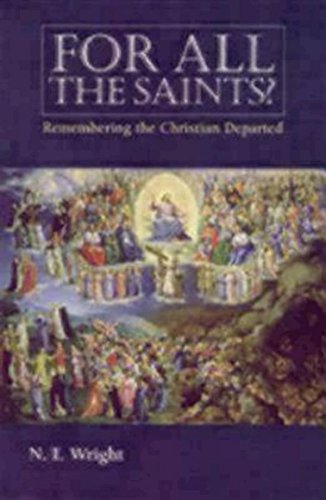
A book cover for For All the Saints: Remembering the Christian Departed; N. T. Wright; Christian Books & Bibles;